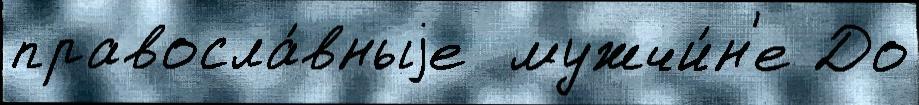
правосла́вныjе  мужчи́н'е До